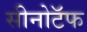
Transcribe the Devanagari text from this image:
सीनोटॅफ